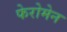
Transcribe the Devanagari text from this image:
फेरोमेन